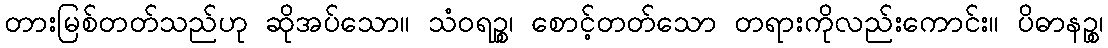
တားမြစ်တတ်သည်ဟု ဆိုအပ်သော။ သံဝရဉ္စ၊ စောင့်တတ်သော တရားကိုလည်းကောင်း။ ပိဓာနဉ္စ၊